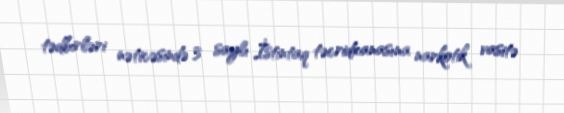
tədbirləri nəticəsində 3 saylı İstintaq təcridxanasına narkotik vasitə